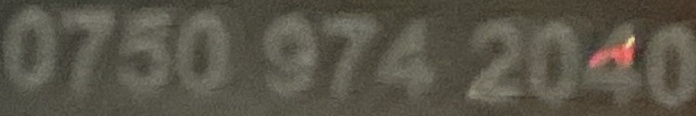
0750 974 2040